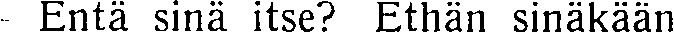
Entä sinä itse? Ethän sinäkään